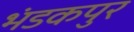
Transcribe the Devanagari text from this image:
भंडकपुर